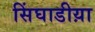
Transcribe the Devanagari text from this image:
सिंघाडीय़ा